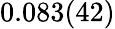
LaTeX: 0.083(42)